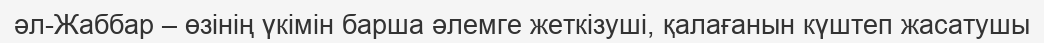
әл-Жаббар – өзінің үкімін барша әлемге жеткізуші, қалағанын күштеп жасатушы